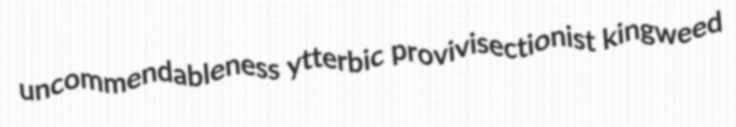
uncommendableness ytterbic provivisectionist kingweed